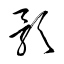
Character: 影